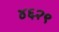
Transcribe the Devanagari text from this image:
४६२९